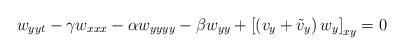
LaTeX: \begin{align*}w_{yyt} -\gamma w_{xxx} -\alpha w_{yyyy} -\beta w_{yy} + \left [ \left (v_y + {\tilde v}_y\right ) w_y \right ]_{xy} = 0\end{align*}